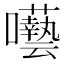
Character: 𭌵